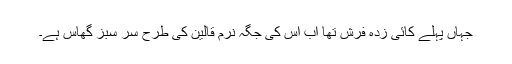
جہاں پہلے کائی زدہ فرش تھا اب اس کی جگہ نرم قالین کی طرح سر سبز گھاس ہے۔